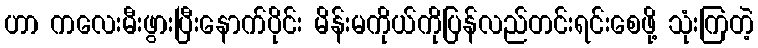
ဟာ ကလေးမီးဖွားပြီးနောက်ပိုင်း မိန်းမကိုယ်ကိုပြန်လည်တင်းရင်းစေဖို့ သုံးကြတဲ့